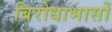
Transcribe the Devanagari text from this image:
बिरोधाभासों